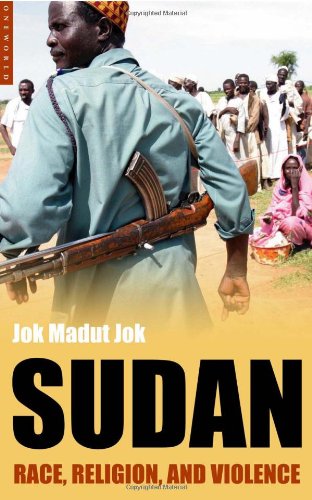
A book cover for Sudan: Race, Religion, and Violence (Short Histories); Jok Madut Jok; History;